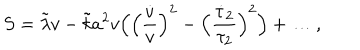
LaTeX: S = \tilde { \lambda } v - \tilde { k } a ^ { 2 } v \Bigl ( \Bigl ( \frac { \dot { v } } { v } \Bigr ) ^ { 2 } - \Bigl ( \frac { \dot { \tau } _ { 2 } } { \tau _ { 2 } } \Bigr ) ^ { 2 } \Bigr ) + \dots ,